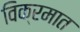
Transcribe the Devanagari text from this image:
विक्रमात